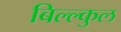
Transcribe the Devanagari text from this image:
बिल्ल्कुल